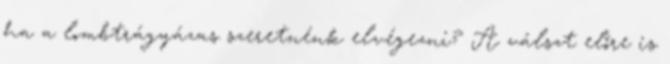
ha a lombtrágyázas szeretnénk elvégezni? A válszt előre is